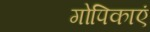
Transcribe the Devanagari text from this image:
गोपिकाएं